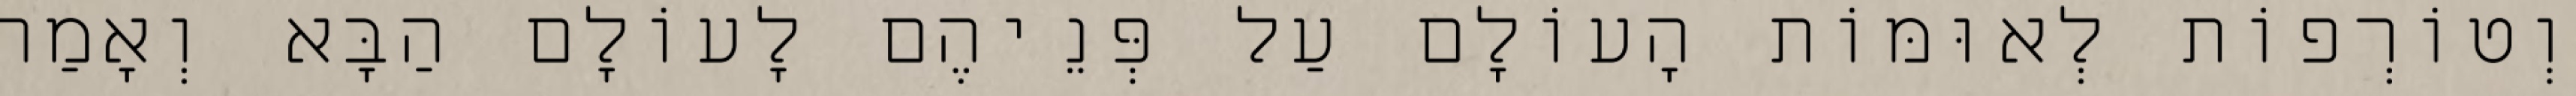
וְטוֹרְפוֹת לְאוּמּוֹת הָעוֹלָם עַל פְּנֵיהֶם לָעוֹלָם הַבָּא וְאָמַר